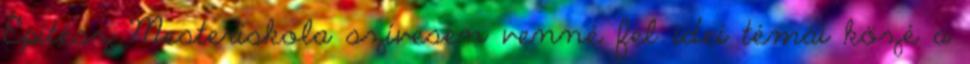
Építész Mesteriskola szívesen venné fel idei témái közé a